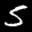
Label: 5